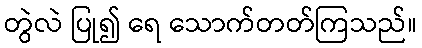
တွဲလဲ ပြု၍ ရေ သောက်တတ်ကြသည်။